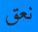
نعق